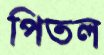
পিতল